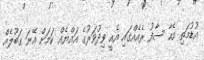
އުޑުމަތި އެހާ ސާފު ރެއެއްގައި އެއީ ވިދުވަރުގެ އައްޔެއް ކަމަށް އޭނަ ގަބޫލެއް